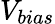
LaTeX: V_{bias}